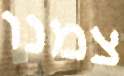
צמנו